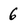
Character: 6